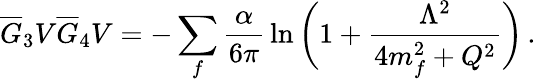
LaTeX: \overline{{G}}_{3}V\overline{{G}}_{4}V=-\sum_{f}{\frac{\alpha}{6\pi}}\ln{\bigg(1+{\frac{\Lambda^{2}}{4m_{f}^{2}+Q^{2}}}\bigg)}\, .